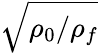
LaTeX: \sqrt{\rho_{0}/\rho_{f}}